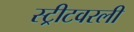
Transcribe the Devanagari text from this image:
स्ट्रीटवरली